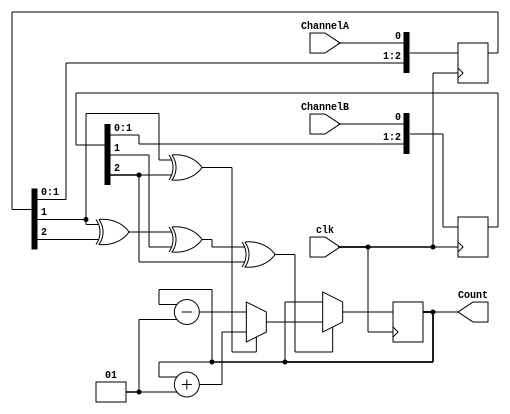
//Modulo que cuenta flancos en un encoder de cuadratura
//El giro hacia un lado del encoder suma a la variable Count, hacia el otro lado le resta
module Encoder(clk, ChannelA, ChannelB, Count);

input clk, ChannelA, ChannelB;
output signed [35:0] Count;

reg [2:0] ChannelA_delayed, ChannelB_delayed;
always @(posedge clk) ChannelA_delayed <= {ChannelA_delayed[1:0], ChannelA};//Seniales de los encoders retrasadas en el tiempo (1 muestreo)
always @(posedge clk) ChannelB_delayed <= {ChannelB_delayed[1:0], ChannelB};//Seniales de los encoders retrasadas en el tiempo (1 muestreo)

wire Count_enable = ChannelA_delayed[1] ^ ChannelA_delayed[2] ^ ChannelB_delayed[1] ^ ChannelB_delayed[2];//XOR entre todas las seniales
wire Count_direction = ChannelA_delayed[1] ^ ChannelB_delayed[2];//Direccion del giro (otro XOR)
//La logica de los XOR puede ser vista en la tabla de verdad de los encoders de cuadratura
//Las senales retrasadas ayudan a disminuir el ruido en la cuenta

reg signed [35:0] Count = 0;


always @(posedge clk)
begin
  if(Count_enable)//Cuenta cuando se debe, dependiendo de la direccion de giro
  begin
		if(Count_direction) 
			Count<=Count+1;
		else 
			Count<=Count-1;
  end
end

endmodule